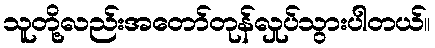
သူတို့လည်းအတော်တုန်လှုပ်သွားပါတယ်။